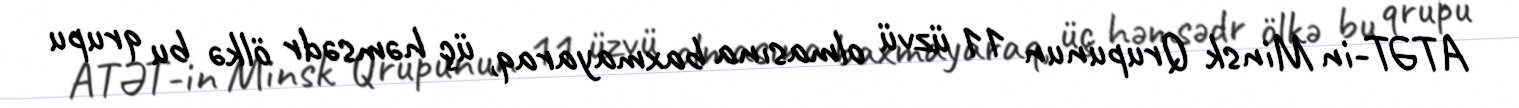
ATƏT-in Minsk Qrupunun 11 üzvü olmasına baxmayaraq, üç həmsədr ölkə bu qrupu